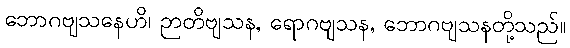
ဘောဂဗျသနေဟိ၊ ဉာတိဗျသန, ရောဂဗျသန, ဘောဂဗျသနတို့သည်။